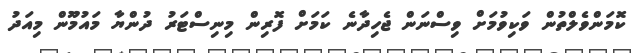
ކޮމަންވެލްތުން ވަކިވުމަށް ވިސްނަން ޖެހިދާނެ ކަމަށް ފޮރިން މިނިސްޓަރު ދުންޔާ މައުމޫން މިއަދު